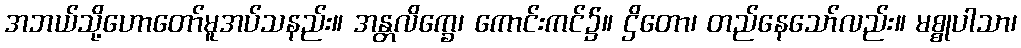
အဘယ်သို့ဟောတော်မူအပ်သနည်း။ အန္တလိက္ခေ၊ ကောင်းကင်၌။ ဌိတော၊ တည်နေသော်လည်း။ မစ္စုပါသာ၊